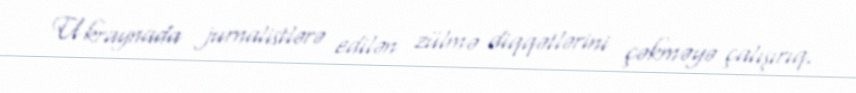
Ukraynada jurnalistlərə edilən zülmə diqqətlərini çəkməyə çalışırıq.